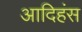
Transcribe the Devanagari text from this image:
आदिहंस